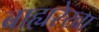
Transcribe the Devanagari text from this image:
बाह्यरेखा